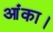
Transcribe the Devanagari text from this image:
आंका।